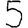
Digit: 5